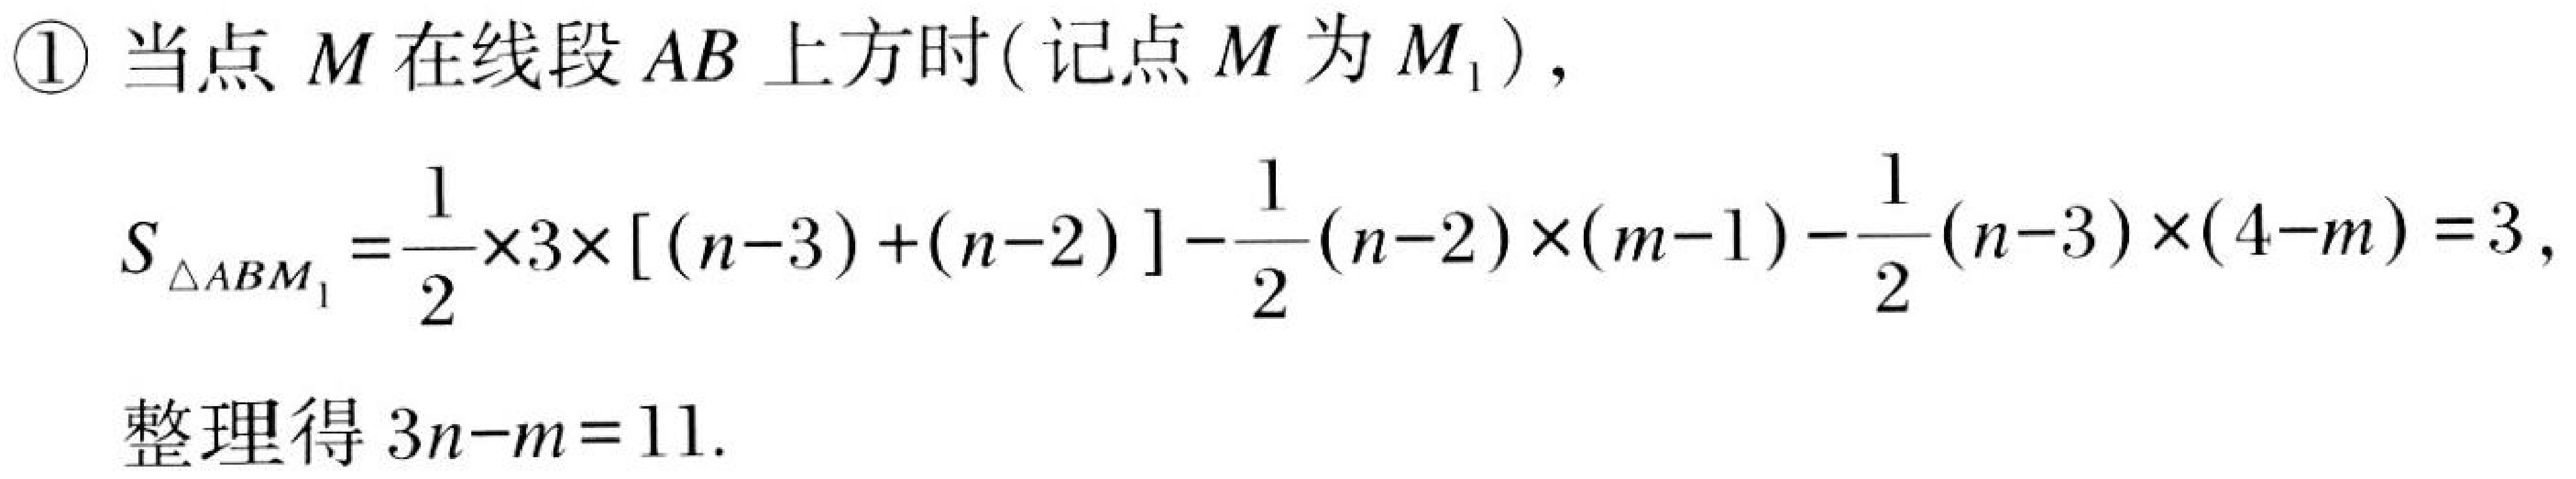
\textcircled{1} 当点 \(M\) 在线段 \(AB\) 上方时(记点 \(M\) 为 \(M_{1}\))，
\[
S_{\triangle ABM_{1}}=\frac{1}{2}\times3\times[(n - 3)+(n - 2)]-\frac{1}{2}(n - 2)\times(m - 1)-\frac{1}{2}(n - 3)\times(4 - m)=3,
\]
整理得 \(3n - m = 11\).